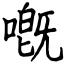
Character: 嘅